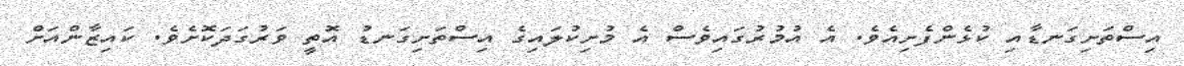
އިސްތަށިގަނޑާއި ކުޅެންފެށިއެވެ. އެ އުމުރުގައިވެސް އެ މުށިކުލައިގެ އިސްތަށިގަނޑު އޮތީ ވަރުގަދަކޮށެވެ. ކައިޒާންއަށް